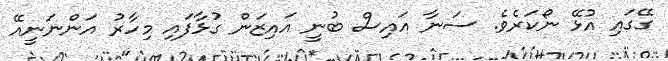
ގޭގައި އުޅޭ ނޯކަރެވެ. ސަނާ އައިސް ބުނީ އައިޒަން ގުޅާފައި މިހާރު އަންނަނީއޭ